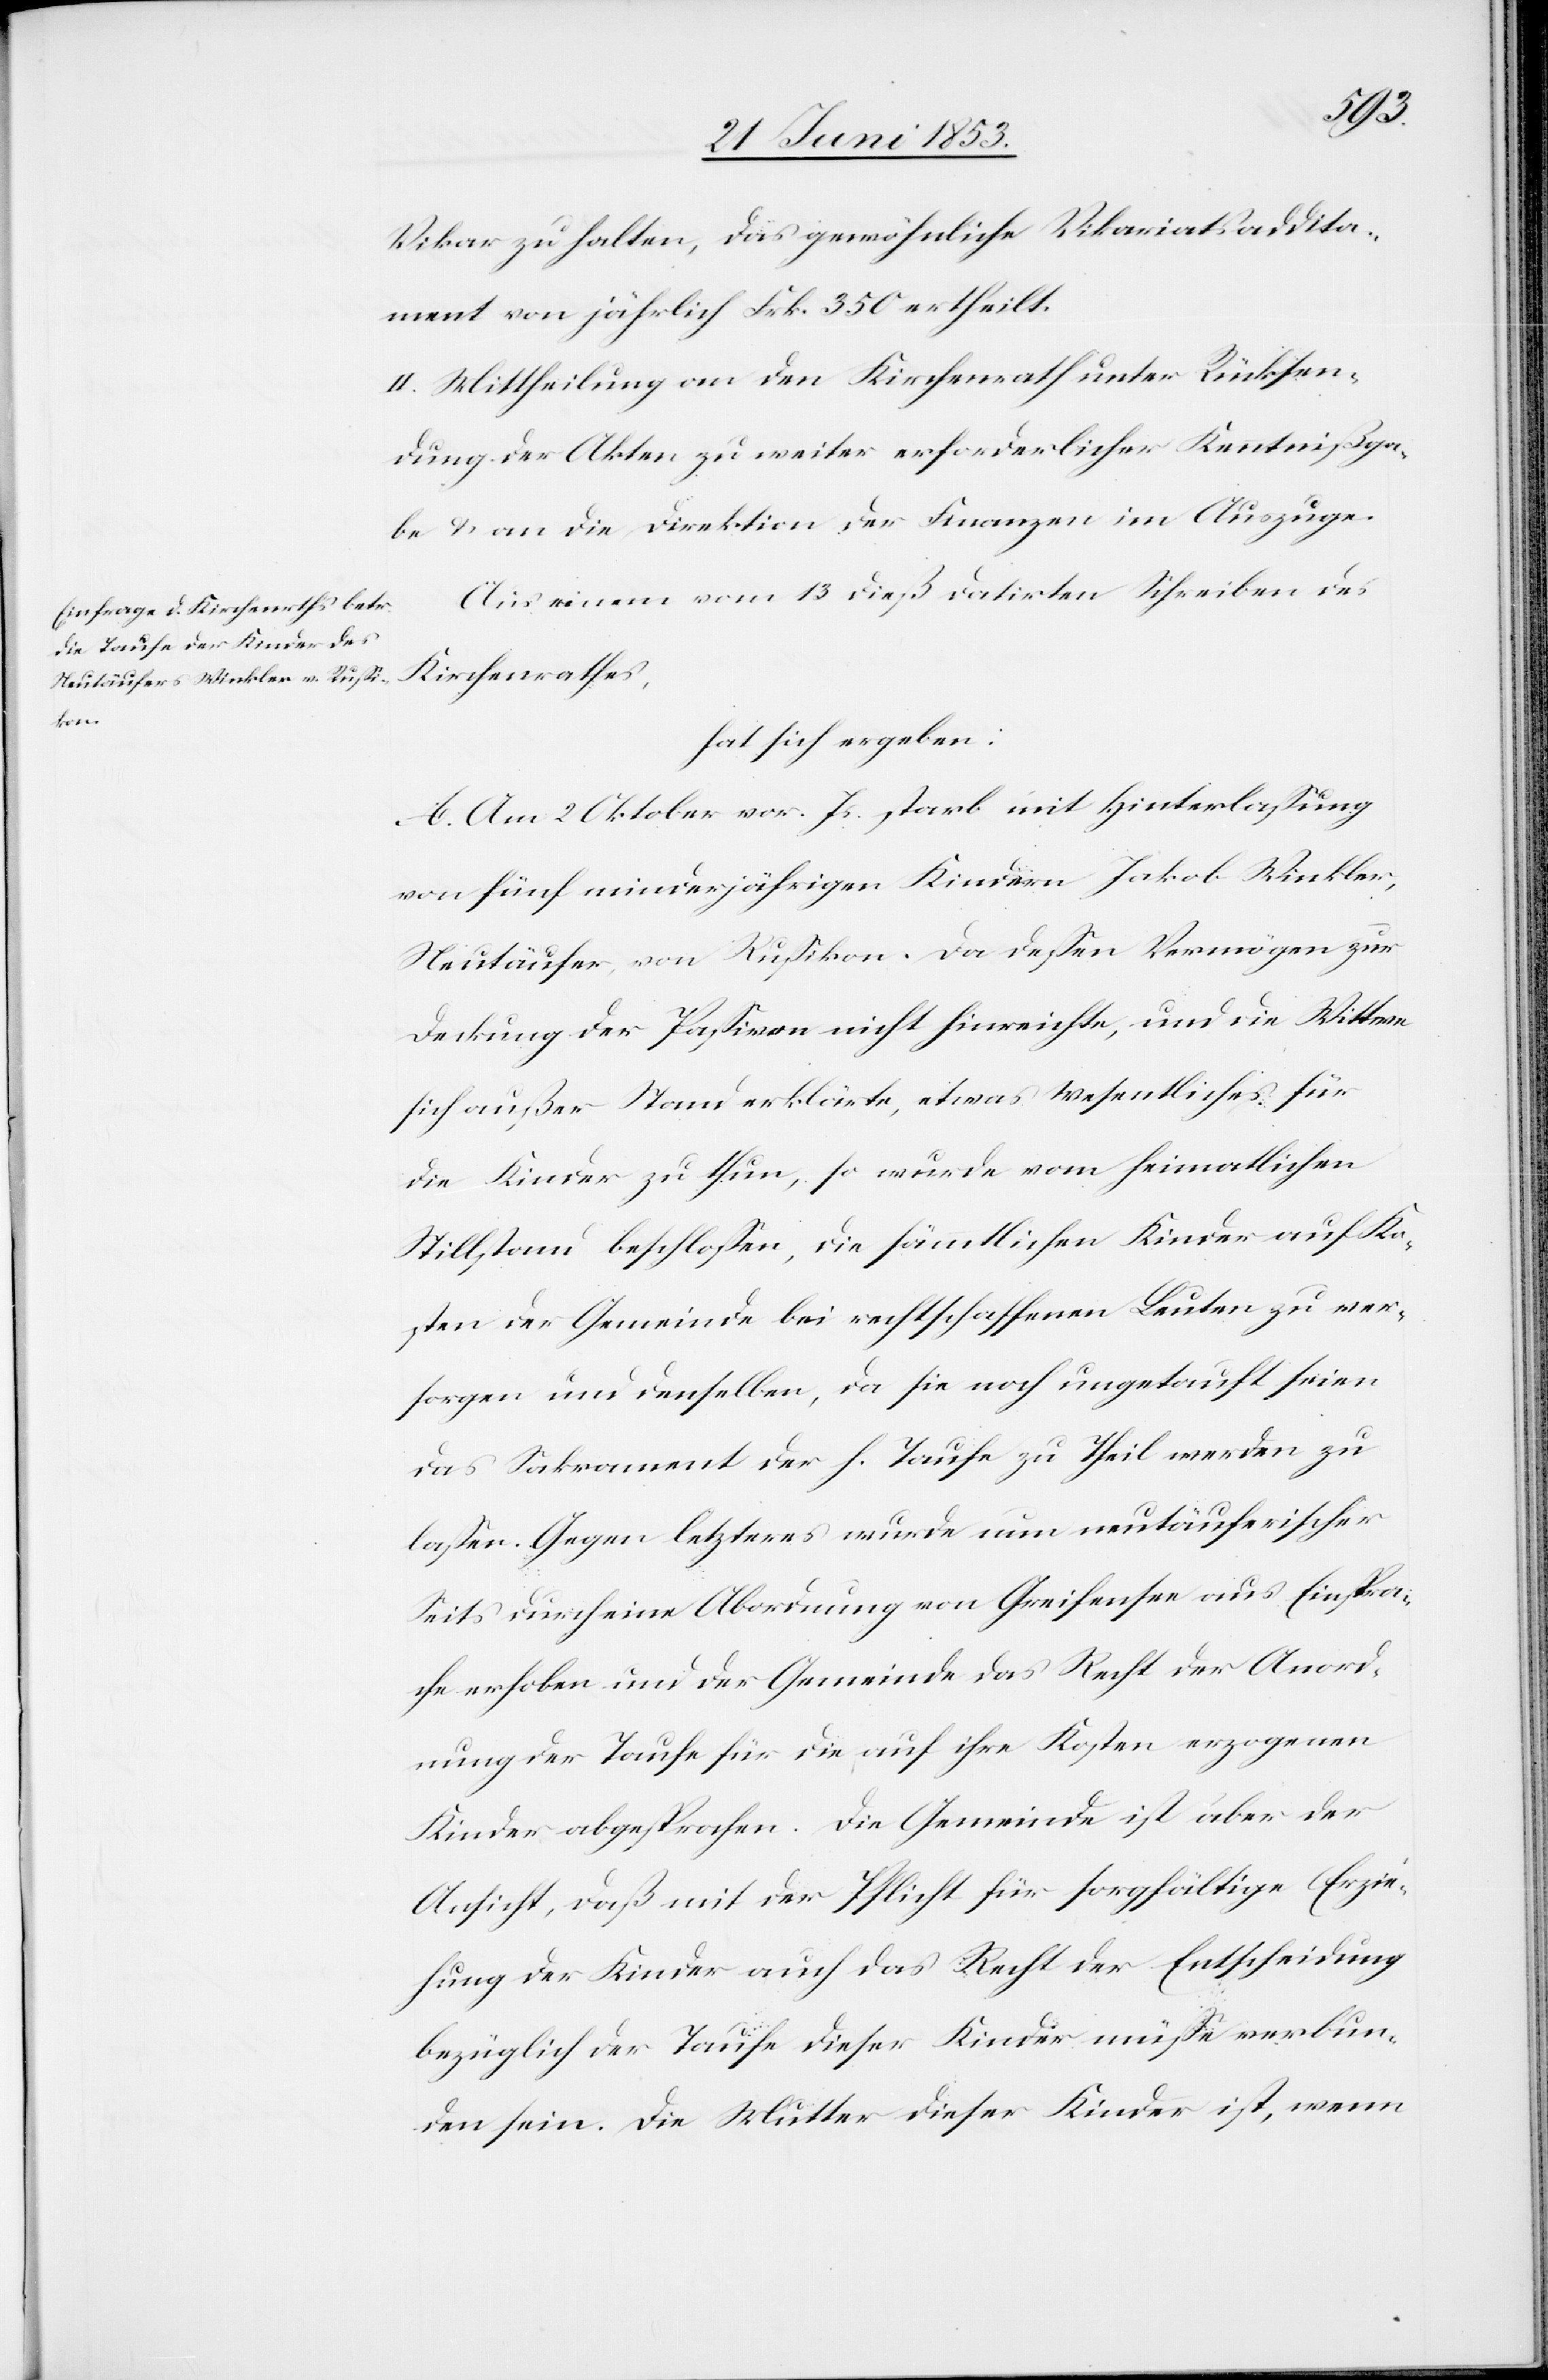
Vikar zu halten, das gewöhnliche Vikariatsaddita¬
ment von jährlich Frk. 350 ertheilt.
II. Mittheilung an den Kirchenrath unter Rücksen¬
dung der Akten zu weiter erforderlicher Kenntnißga¬
be u. an die Direktion der Finanzen im Auszuge.
Aus einem vom 13 dieß datirten Schreiben des
Kirchenrathes,
hat sich ergeben:
A. Am 2 Oktober vor. Js. starb mit Hinterlaßung
von fünf minderjährigen Kindern Jakob Winkler,
Neutäufer, von Rußikon. Da deßen Vermögen zur
Deckung der Paßiven nicht hinreichte, und die Wittwe
sich außer Stand erklärte, etwas wesentliches für
die Kinder zu thun, so wurde vom heimatlichen
Stillstand beschloßen, die sämmtlichen Kinder auf Ko¬
sten der Gemeinde bei rechtschaffenen Leuten zu ver¬
sorgen und denselben, da sie noch ungetauft seien
das Sakrament der h. Taufe zu Theil werden zu
laßen. Gegen letzteres wurde um neutäuferischer
Seits durch eine Abordnung von Greifensee aus Einspra¬
che erhoben und der Gemeinde das Recht der Anord¬
nung der Taufe für die auf ihre Kosten erzogenen
Kinder abgesprochen. Die Gemeinde ist aber der
Ansicht, daß mit der Pflicht für sorgfältige Erzie¬
hung der Kinder auch das Recht der Entscheidung
bezüglich der Taufe dieser Kinder müße verbun¬
den sein. Die Mutter dieser Kinder ist, wenn